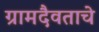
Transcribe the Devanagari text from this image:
ग्रामदैवताचे